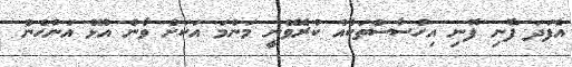
އެފަދަ ފޮނި ފޮނި އިހުސާސްތަކެއް ކުރެވޭނީ މަންމަ އަކަށް ވާން އުޅޭ އަންހެން